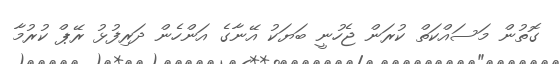
ގޮތުން މަސައްކަތް ކުރަން ޖެހުނީ ބަޔަކު އޭނާގެ އަންހެން ދަރިފުޅު ރޭޕް ކުރުމާ